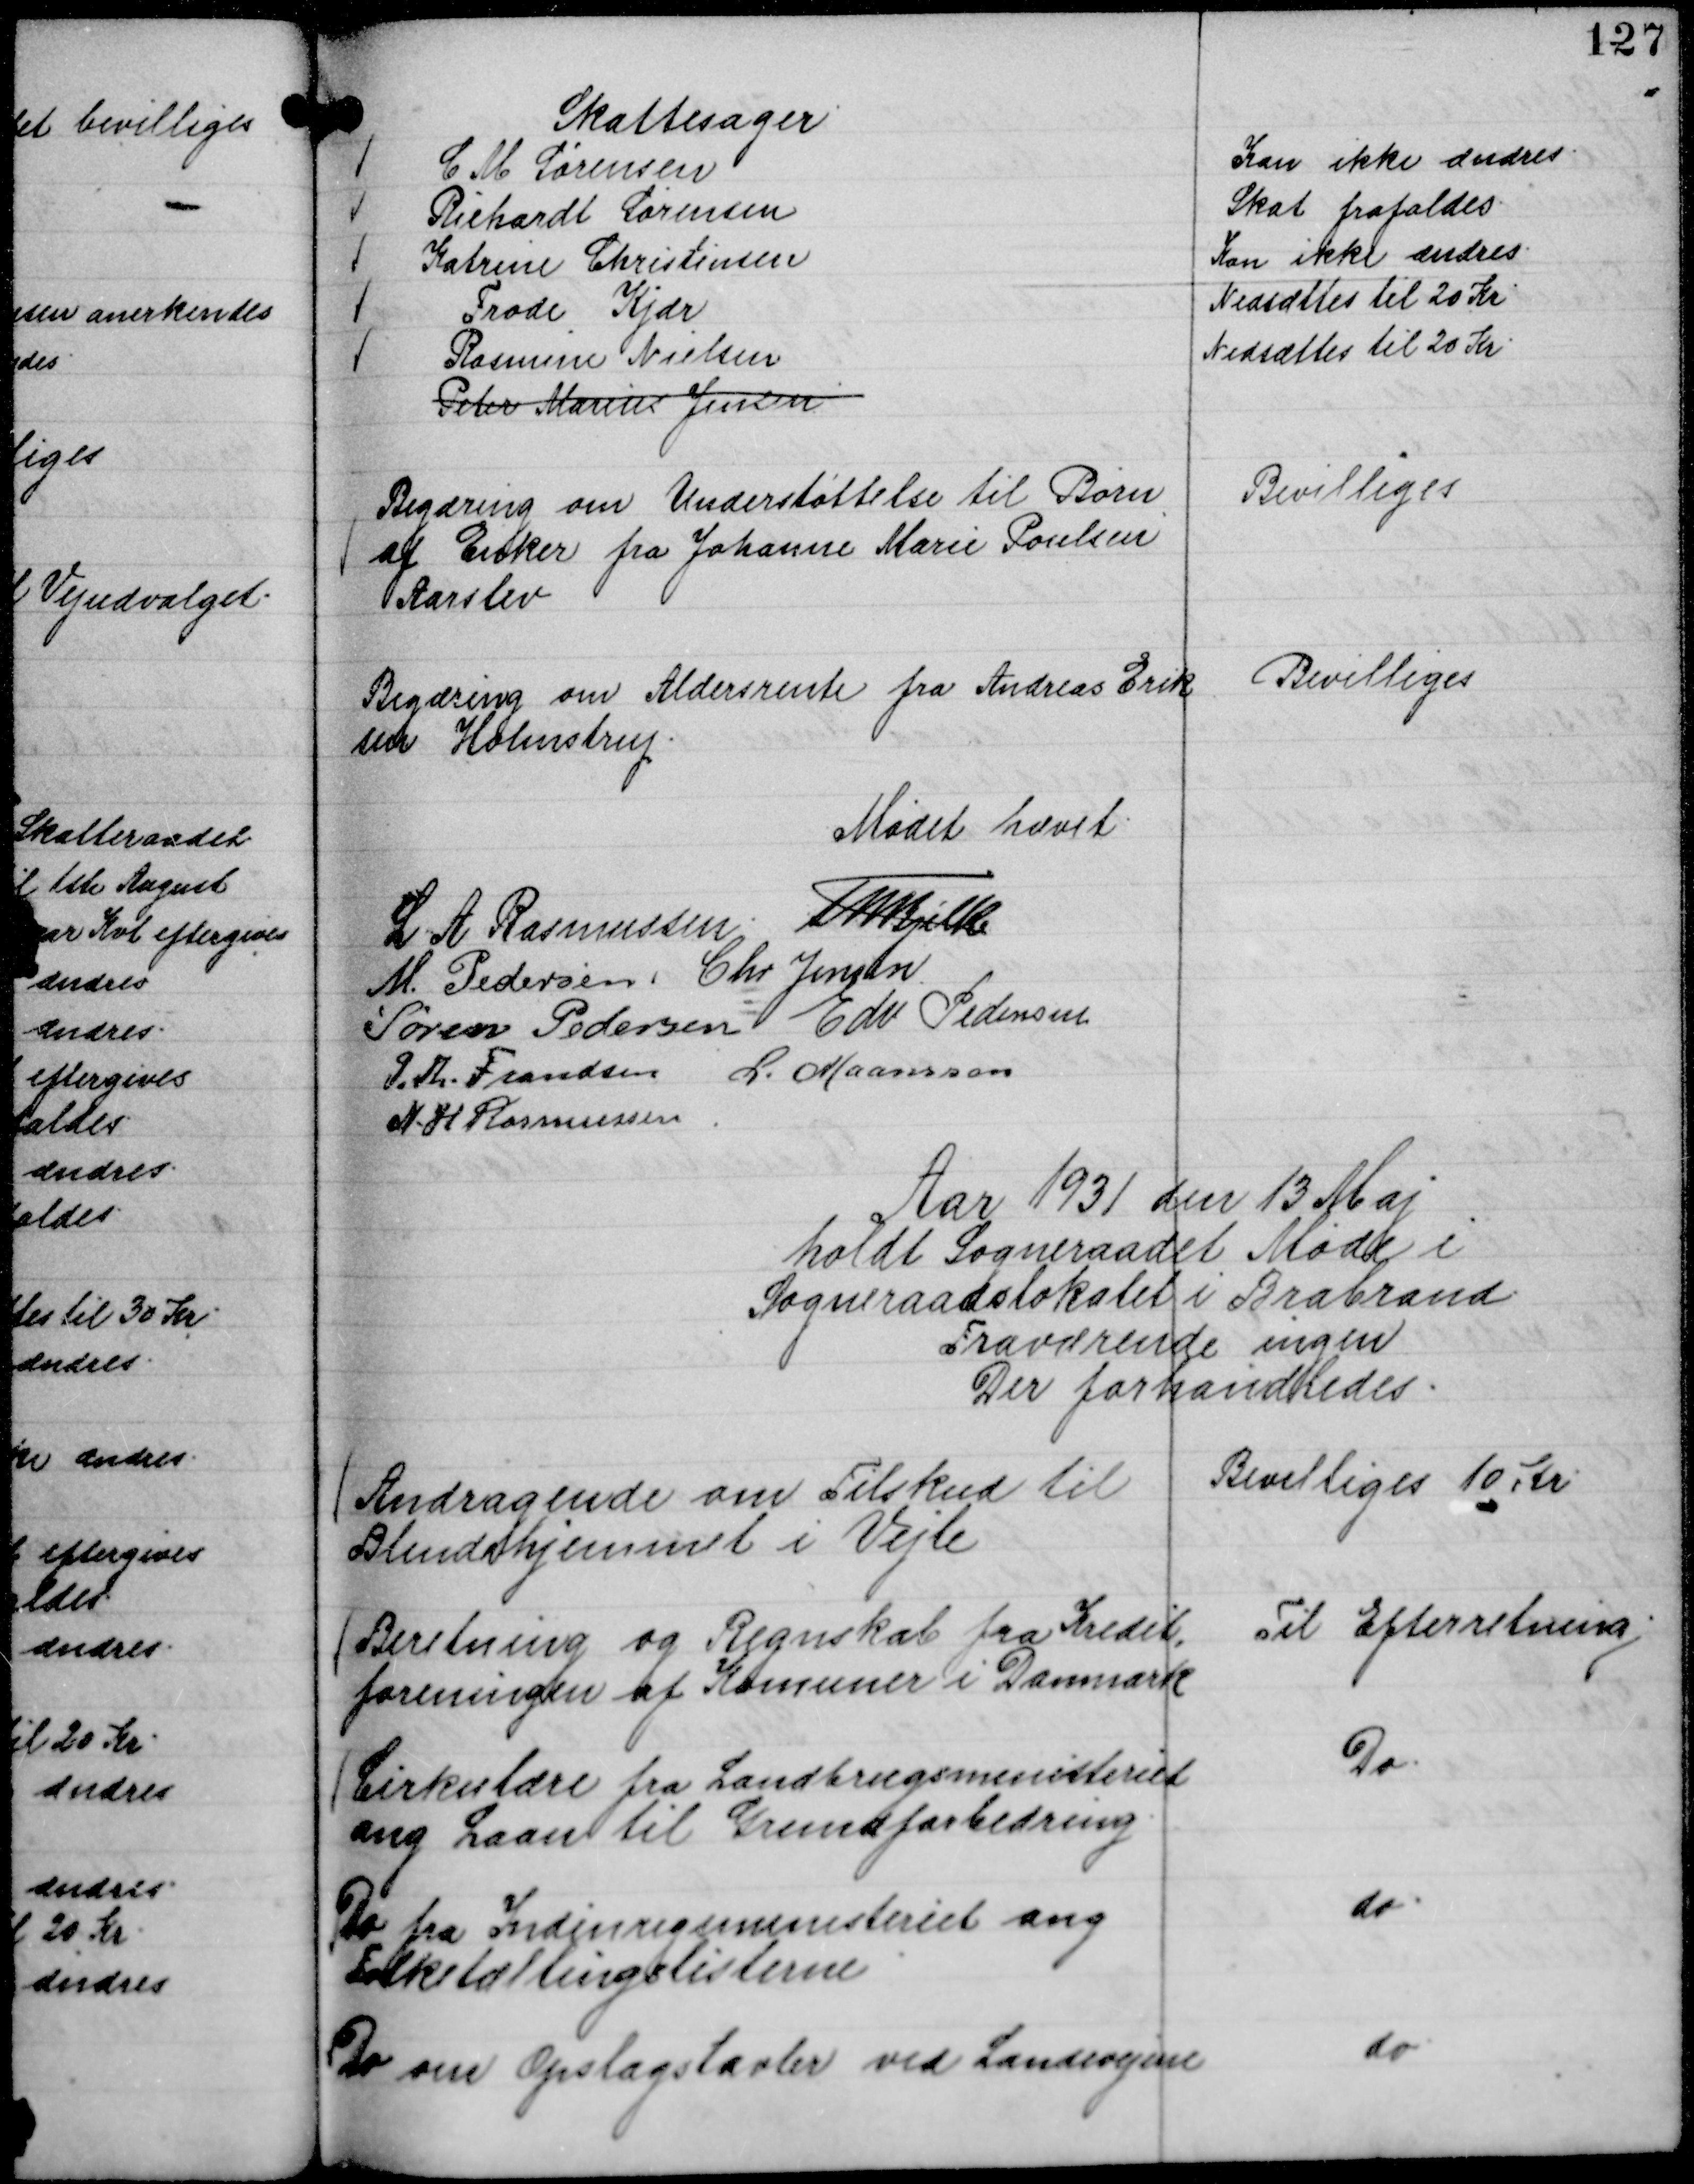
Transskription:
Skattesager
C M Sørensen
Kan ikke ændres.
Richardt Sørensen
Skat frafaldes.
Katrine Christensen
Kan ikke ændres.
Frode Kjær
Nedsættes til 20 Kr
Rasmine Nielsen
Nedsættes til 20 Kr.
Peter Marius Jensen

Begæring om Understøttelse til Børn
af Enker fra Johanne Marie Poulsen
Aarslev

Bevilliges

Begæring om Aldersrente fra Andreas Erik
sen Holmstrup.

Bevilliges

Mødet hævet.
L A Rasmussen.
Th Bjelke
M. Pedersen.
Chr Jensen.
Søren Pedersen
Edv Pedersen
P. Th. Frandsen
L. Maansson
N. H Rasmussen

Aar 1931 den 13 Maj
holdt Sogneraadet Møde i
Sogneraadslokalet i Brabrand
Fraværende ingen
Der forhandledes.

Andragende om Tilskud til
Blindehjemmet i Vejle

Bevilliges 10 Kr.

Beretning og Regnskab fra Kredit,
foreningen af Komuner i Danmark

Til Efterretning.

Cirkulære fra Landbrugsministeriet
ang Laan til Grundforbedring.

Do.

Do fra Indenrigsministeriet ang
Folketællingslisterne

do.

Do om Opslagstavler ved Landevejene

do.